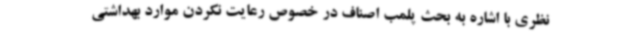
نظری با اشاره به بحث پلمب اصناف در خصوص رعایت نکردن موارد بهداشتی